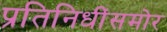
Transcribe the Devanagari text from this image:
प्रतिनिधींसमोर